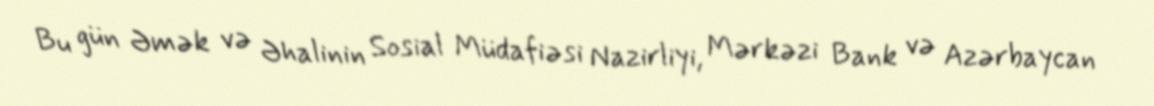
Bu gün Əmək və Əhalinin Sosial Müdafiəsi Nazirliyi, Mərkəzi Bank və Azərbaycan